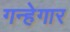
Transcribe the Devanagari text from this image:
गन्हेगार